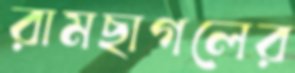
রামছাগলের